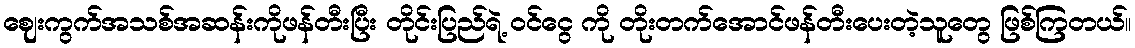
ဈေးကွက်အသစ်အဆန်းကိုဖန်တီးပြီး တိုင်းပြည်ရဲ့ ဝင်ငွေ ကို တိုးတက်အောင်ဖန်တီးပေးတဲ့သူတွေ ဖြစ်ကြတယ်။